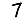
Digit: 7